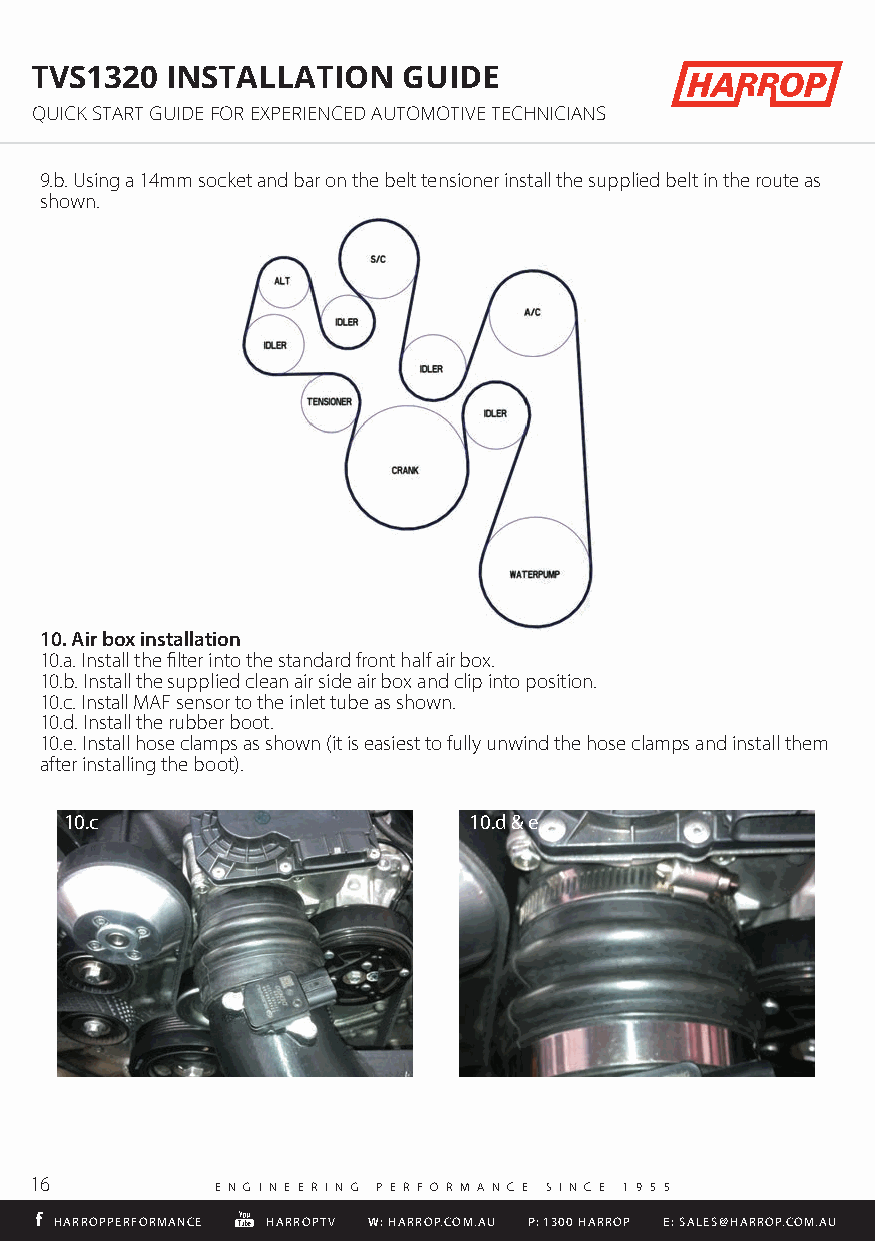
TVS1320  INSTALLATION    GUIDE
 QUICK START GUIDE FOR EXPERIENCED AUTOMOTIVE TECHNICIANS
 9.b. Using a 14mm socket and bar on the belt tensioner install the supplied belt in the route as
 shown.
 10. Air box installation
 10.a. Install the filter into the standard front half air box.
 10.b. Install the supplied clean air side air box and clip into position.
 10.c. Install MAF sensor to the inlet tube as shown.
 HARROPPERFORMANCE 1 0 . d H. AInRRsOtaPlTl Vt h e r Wu:b HbAeRrR ObPo.CoOtM. .AU P: 1300 HARROP E: SALES@HARROP.COM.AU
 10.e. Install hose clamps as shown (it is easiest to fully unwind the hose clamps and install them
 after installing the boot).
 10.c                       10.d & e
 16
 E N G I N E E R I N G P E R F O R M A N C E S I N C E 1 9 5 5
 HHAARRRROOPPPPEERRFFOORRMMAANNCCEE HHAARRRROOPPTTVV WW:: HHAARRRROOPP..CCOOMM..AAUU PP:: 11330000 HHAARRRROOPP EE:: SSAALLEESS@@HHAARRRROOPP..CCOOMM..AAUU